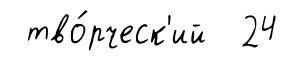
тво́рческ'ий 24